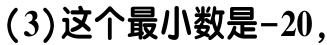
(3)这个最小数是\(-20\)，